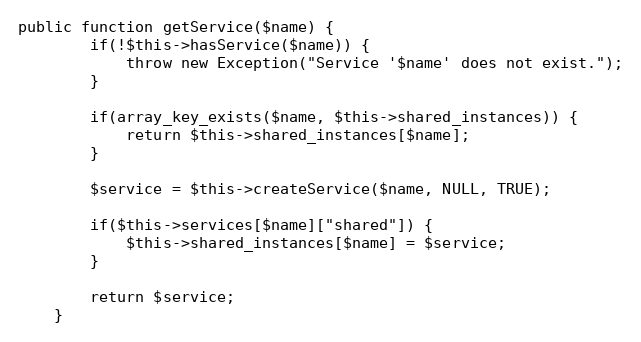
Language: PHP
public function getService($name) {
        if(!$this->hasService($name)) {
            throw new Exception("Service '$name' does not exist.");
        }

        if(array_key_exists($name, $this->shared_instances)) {
            return $this->shared_instances[$name];
        }

        $service = $this->createService($name, NULL, TRUE);

        if($this->services[$name]["shared"]) {
            $this->shared_instances[$name] = $service;
        }

        return $service;
    }